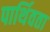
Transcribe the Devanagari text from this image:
पार्थिवता